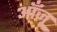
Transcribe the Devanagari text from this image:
आँजू